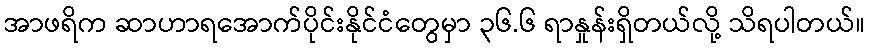
အာဖရိက ဆာဟာရအောက်ပိုင်းနိုင်ငံတွေမှာ ၃၆.၆ ရာနှုန်းရှိတယ်လို့ သိရပါတယ်။